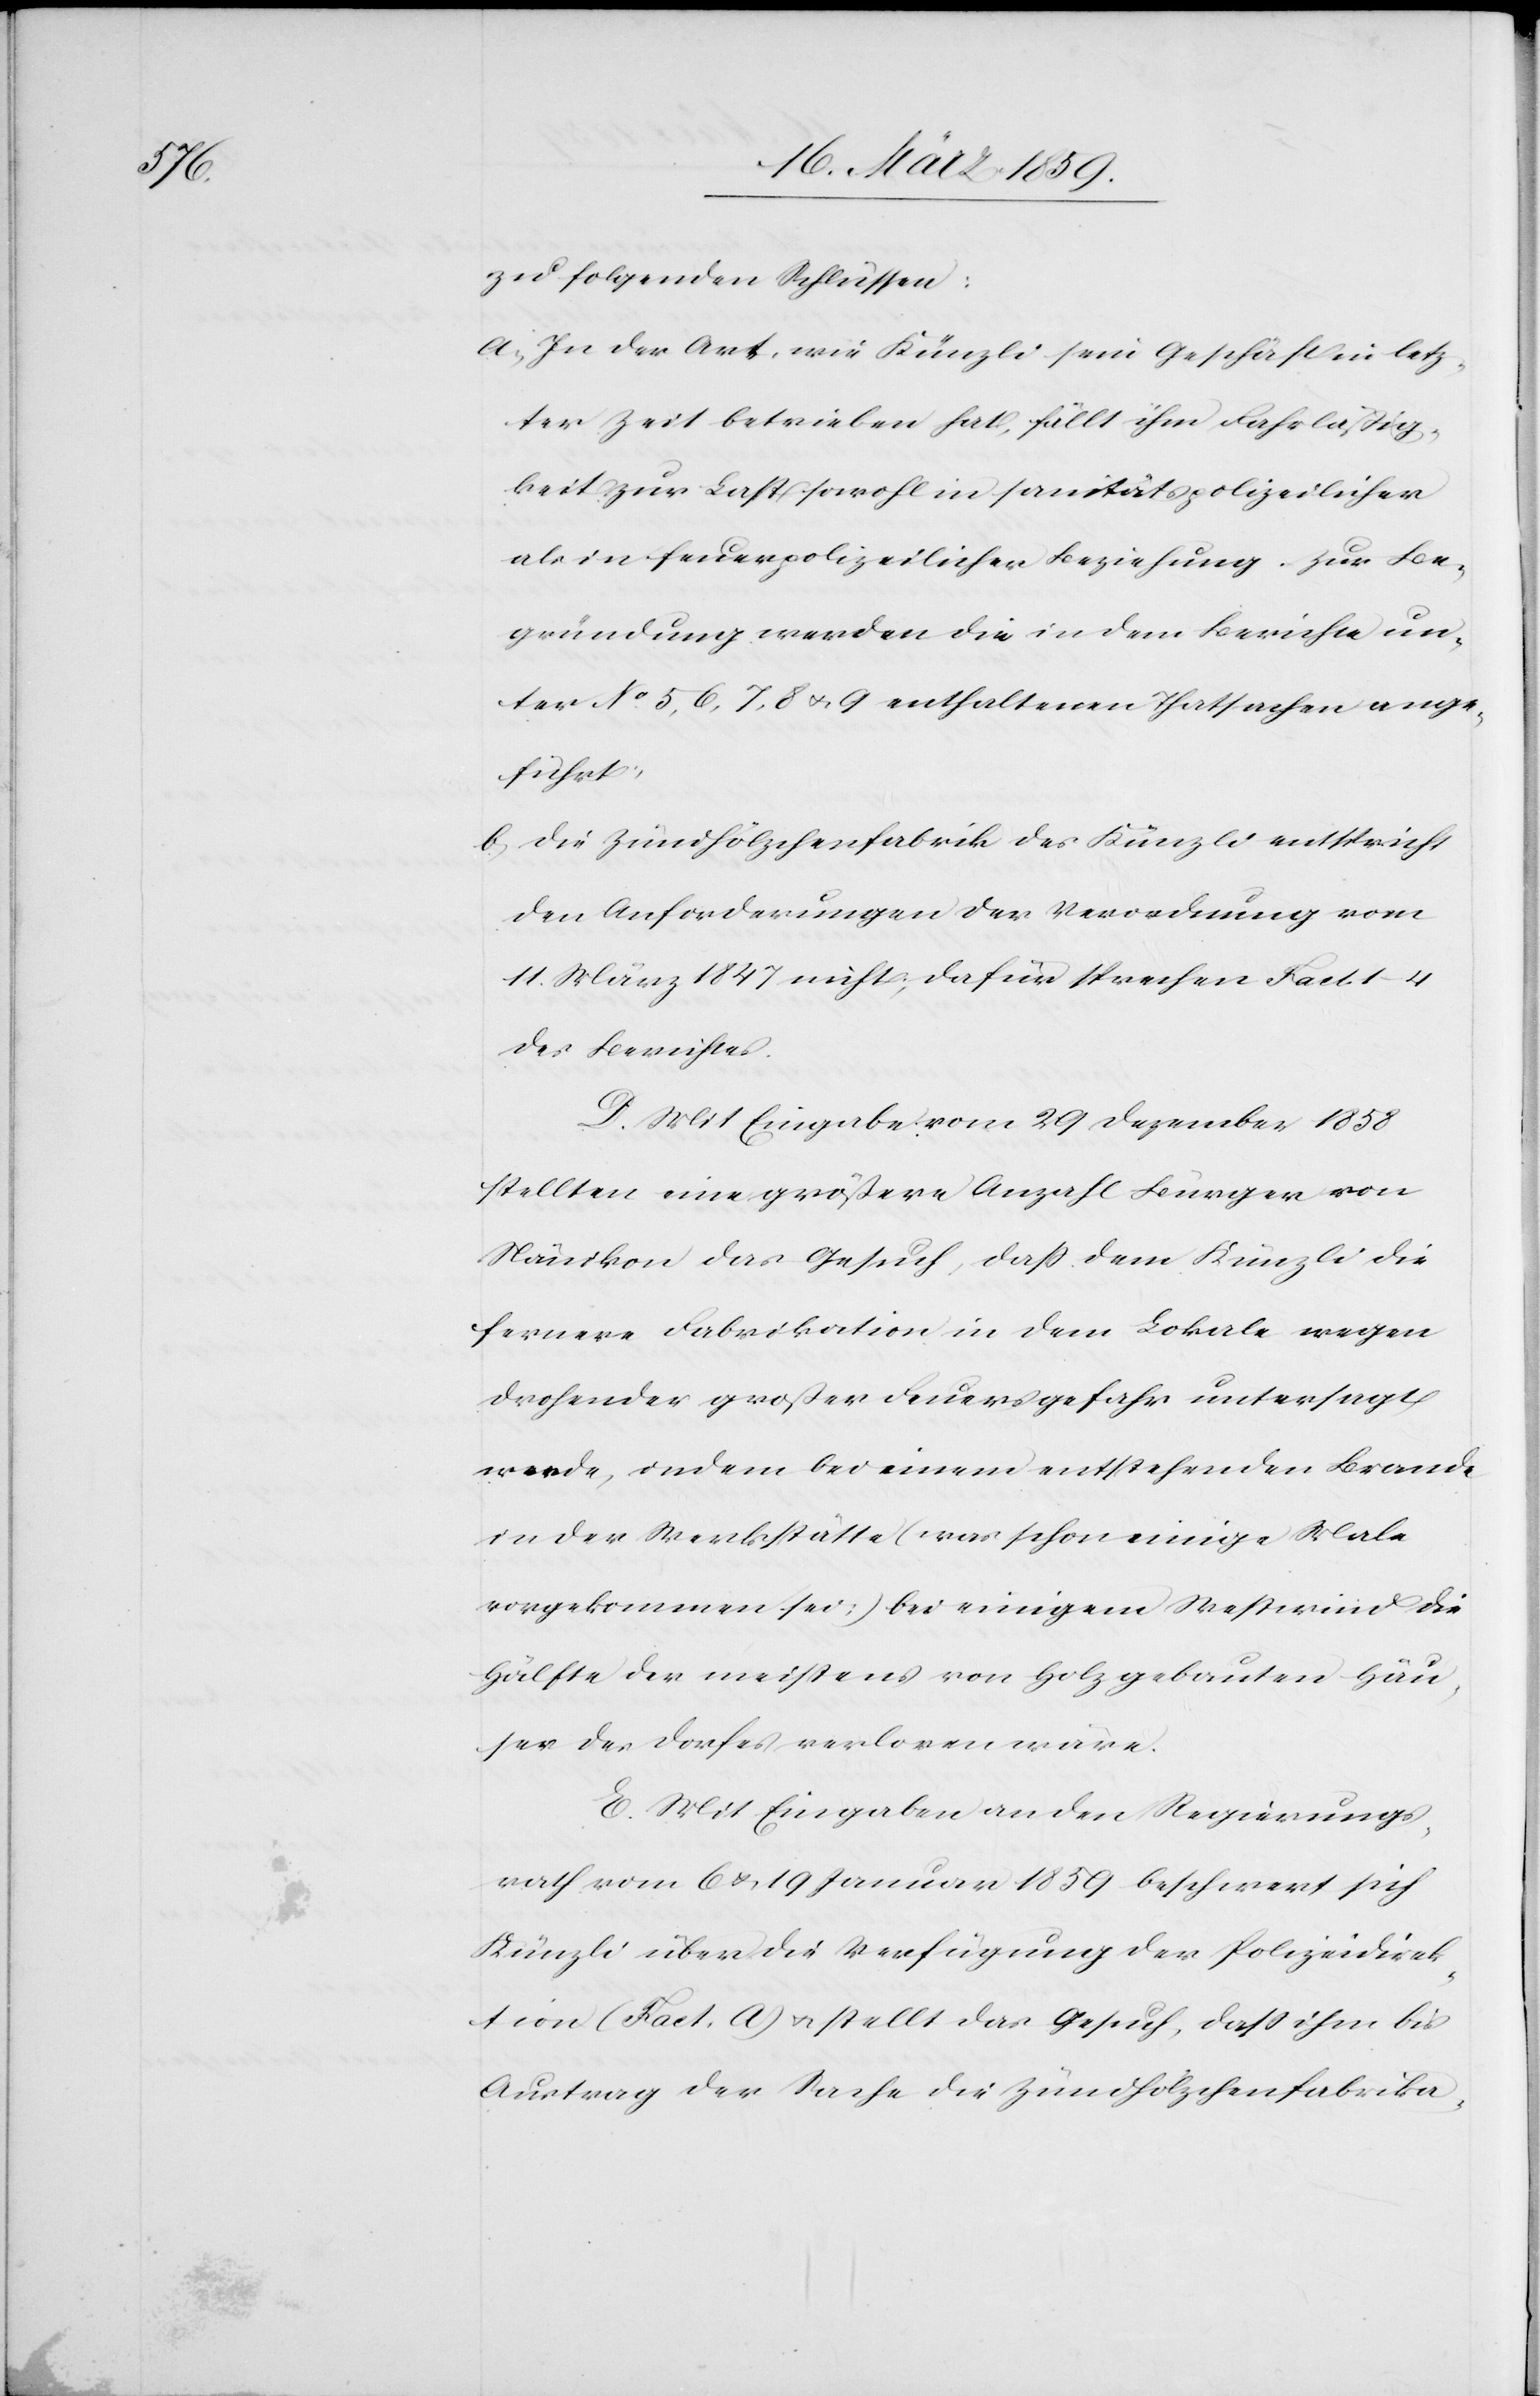
zu folgenden Schlüssen:
a) In der Art, wie Künzli sein Geschäft in letz¬
ter Zeit betrieben hat, fällt ihm Fahrläßg¬
keit zur Last sowohl in sanitätspolizeilicher
als in feuerpolizeilicher Beziehung. Zur Be¬
gründung werden die in dem Berichte un¬
ter No. 5, 6, 7, 8 u. 9 enthaltenen Thatsachen ange¬
führt;
b) Die Zündhölzchenfabrik des Künzli entspricht
den Anforderungen der Verordnung vom
11. März 1847 nicht; dafür sprechen Fact.
des Berichtes.
D. Mit Eingabe vom 29 Dezember 1858
stellten eine größere Anzahl Bürger von
Nänikon das Gesuch, daß dem Künzli die
fernere Fabrikation in dem Lokale wegen
drohender großer Feuersgefahr untersagt
werde, indem bei einem entstehenden Brande
in der Werkstätte [was schon einige Male
vorgekommen sei] bei einigem Westwind die
Hälfte der meistens von Holz gebauten Häu¬
ser des Dorfes verloren wäre.
E. Mit Eingaben an den Regierungs¬
rath vom 6 u. 19 Januar 1859 beschwert sich
Künzli über die Verfügung der Polizeidirek¬
tion (Fact. A) u. stellt das Gesuch, daß ihm bis
Austrag der Sache die Zündhölzchenfabrika-